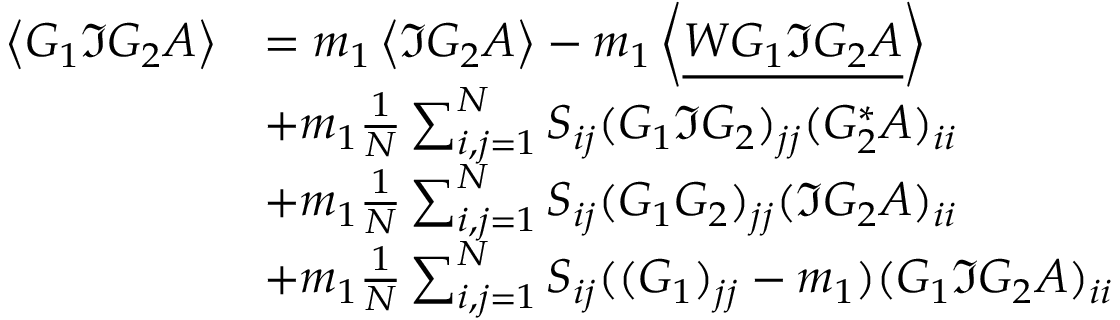
\begin{array} { r l } { \left\langle { G _ { 1 } \Im G _ { 2 } A } \right\rangle } & { = m _ { 1 } \left\langle { \Im G _ { 2 } A } \right\rangle - m _ { 1 } \left\langle { \underline { { W G _ { 1 } \Im G _ { 2 } A } } } \right\rangle } \\ & { + m _ { 1 } \frac { 1 } { N } \sum _ { i , j = 1 } ^ { N } S _ { i j } ( G _ { 1 } \Im G _ { 2 } ) _ { j j } ( G _ { 2 } ^ { * } A ) _ { i i } } \\ & { + m _ { 1 } \frac { 1 } { N } \sum _ { i , j = 1 } ^ { N } S _ { i j } ( G _ { 1 } G _ { 2 } ) _ { j j } ( \Im G _ { 2 } A ) _ { i i } } \\ & { + m _ { 1 } \frac { 1 } { N } \sum _ { i , j = 1 } ^ { N } S _ { i j } ( ( G _ { 1 } ) _ { j j } - m _ { 1 } ) ( G _ { 1 } \Im G _ { 2 } A ) _ { i i } } \end{array}